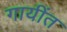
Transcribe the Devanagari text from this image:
गायींत